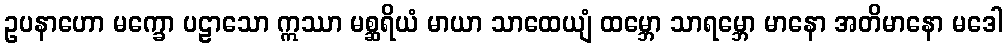
ဥပနာဟော မက္ခော ပဠာသော ဣဿာ မစ္ဆရိယံ မာယာ သာထေယျံ ထမ္ဘော သာရမ္ဘော မာနော အတိမာနော မဒေါ